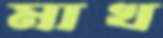
মাখ